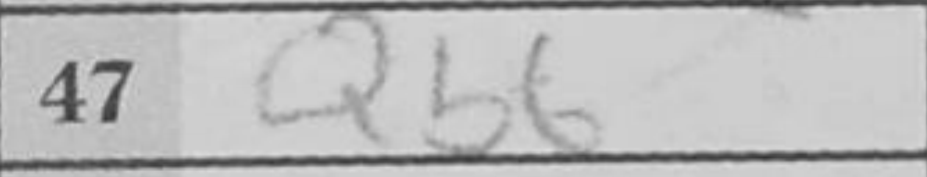
Transcription: Qb6